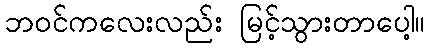
ဘဝင်ကလေးလည်း မြင့်သွားတာပေါ့။